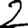
Digit: 2